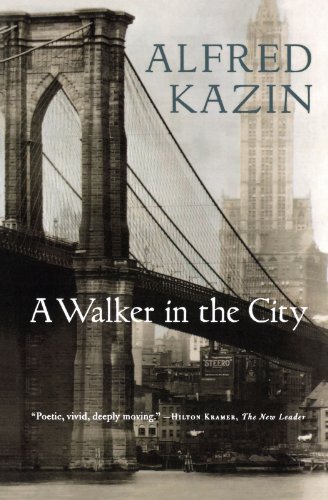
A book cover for A Walker in the City; Alfred Kazin; Biographies & Memoirs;